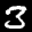
Label: 3